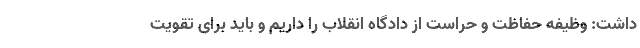
داشت: وظیفه حفاظت و حراست از دادگاه انقلاب را داریم و باید برای تقویت